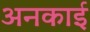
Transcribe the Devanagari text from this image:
अनकाई